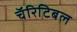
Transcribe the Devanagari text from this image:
चॅरिटिबल